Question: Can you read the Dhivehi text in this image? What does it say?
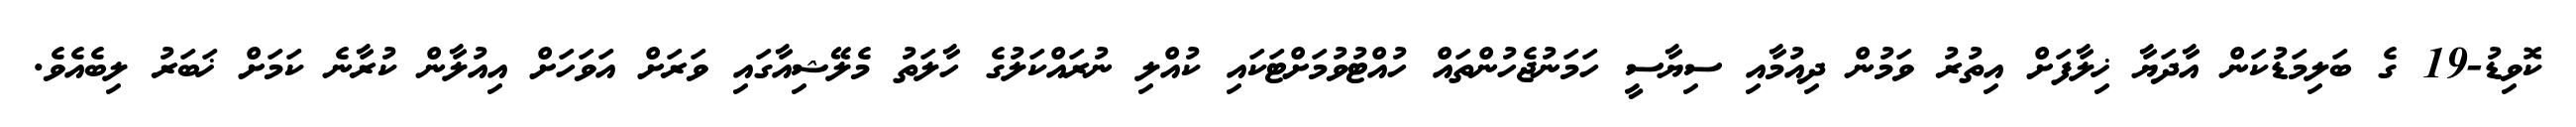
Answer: ކޮވިޑު-19 ގެ ބަލިމަޑުކަން އާދަޔާ ޚިލާފަށް އިތުރު ވަމުން ދިއުމާއި ސިޔާސީ ހަމަނުޖެހުންތައް ހުއްޓުވުމަށްޓަކައި ކުއްލި ނުރައްކަލުގެ ހާލަތު މެލޭޝިއާގައި ވަރަށް އަވަހަށް އިއުލާން ކުރާނެ ކަމަށް ޚަބަރު ލިބެއެވެ.